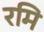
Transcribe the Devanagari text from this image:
रमि